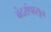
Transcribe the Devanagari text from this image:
बंदरांपासून